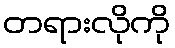
တရားလိုကို